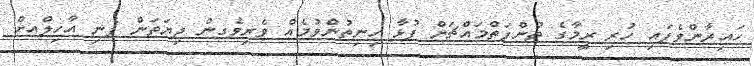
ހައިރާންވެފައި ހުރި ރީމާގެ ތުންފަތްމައްޗަށް ފުޅާ ހިނިތުންވުމެއް ވެރިވެގން ދިޔަތަން ފެނި އާހިލްއށް